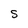
Character: S